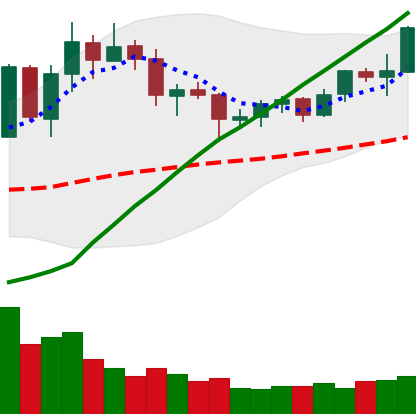
Ticker: TRX-USD
Chart end date: 2020-07-25
Forward return: 3.174%
Label: up_3_5